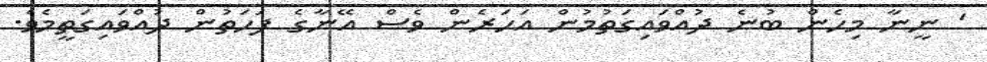
' ނީނާ މިހެން ބުނެ ދުއްވައިގަތުމުން އަހަރެން ވެސް އޭނާގެ ފަހަތުން ދުއްވައިގަތީމެވެ.